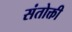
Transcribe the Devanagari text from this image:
संतोक्ती